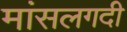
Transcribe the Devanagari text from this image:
मांसलगदी